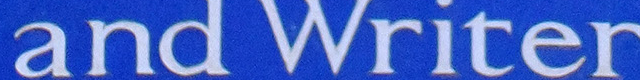
and Writer